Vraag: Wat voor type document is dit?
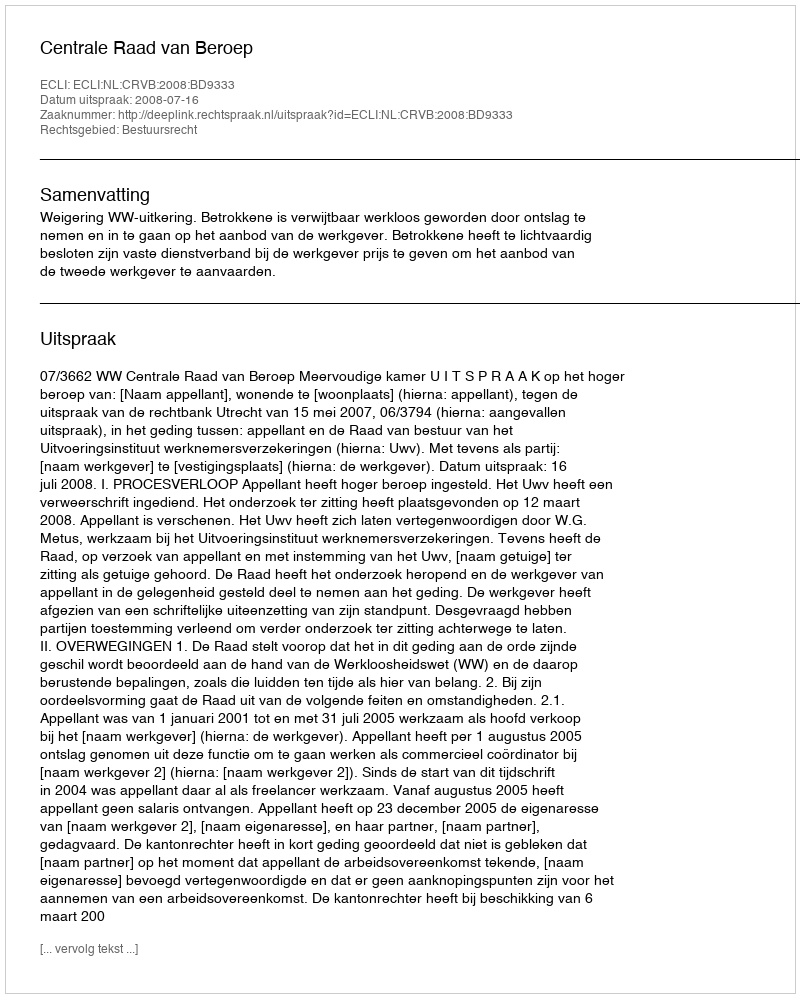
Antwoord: Uitspraak